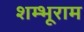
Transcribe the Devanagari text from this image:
शम्भूराम